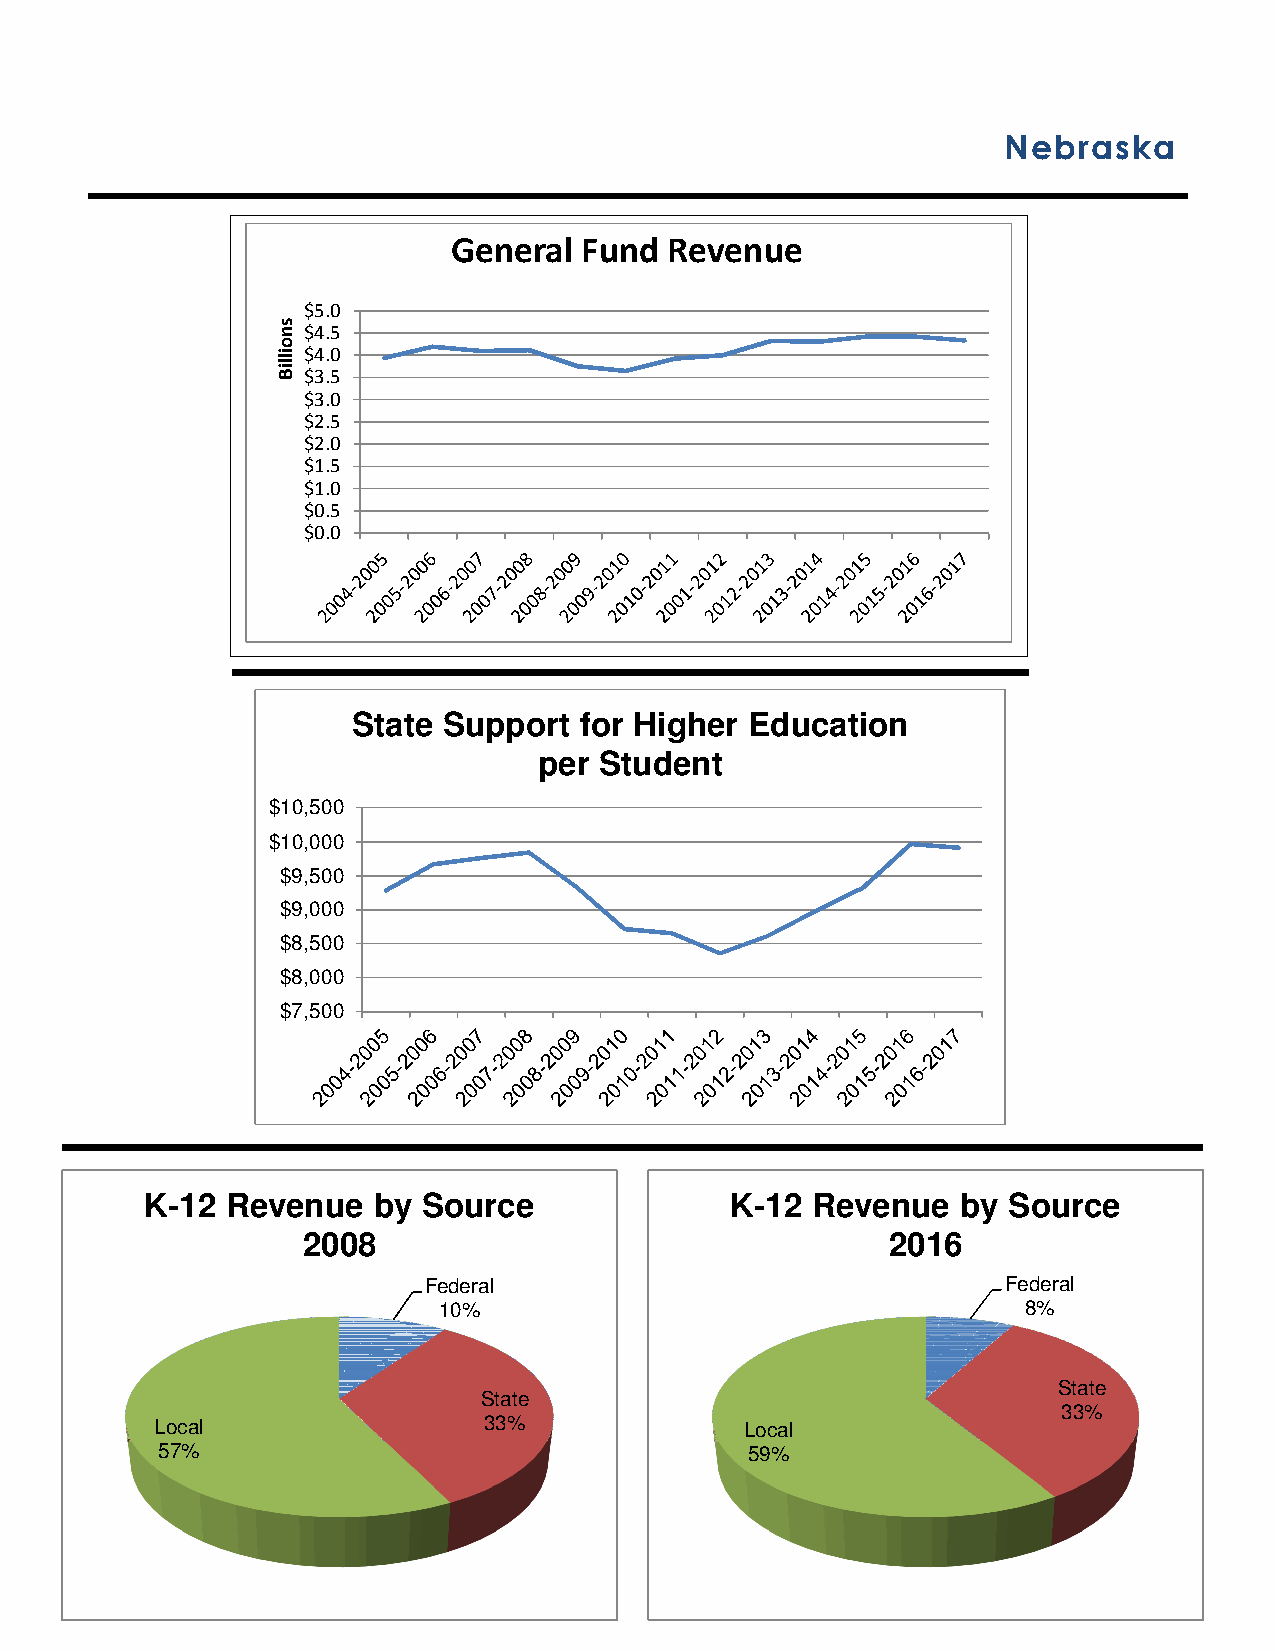
Nebraska
 General Fund  Revenue
 $5.0
 $4.5
 $4.0
 $3.5
 $3.0
 $2.5
 $2.0
 $1.5
 $1.0
 $0.5
 $0.0
 State Support  for Higher  Education
 per Student
 $10,500
 $10,000
 $9,500
 $9,000
 $8,500
 $8,000
 $7,500
 K-12 Revenue   by Source              K-12  Revenue   by Source
 2008                                   2016
 Federal                                Federal
 10%                                    8%
 State
 State
 33%
 Local                 33%              Local
 57%                                     59%
 snoilliB